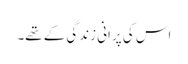
اس کی پرانی زندگی کے تھے۔